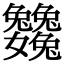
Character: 𡤺